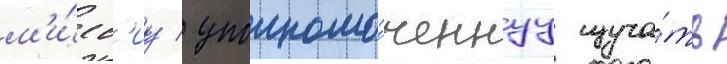
м'и́сс'иу / уполномо́ченнуу изуча́ть